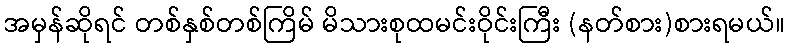
အမှန်ဆိုရင် တစ်နှစ်တစ်ကြိမ် မိသားစုထမင်းဝိုင်းကြီး (နတ်စား)စားရမယ်။